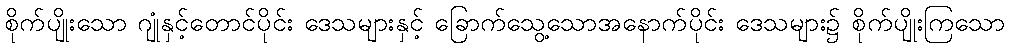
စိုက်ပျိုးသော ဂျုံနှင့်တောင်ပိုင်း ဒေသများနှင့် ခြောက်သွေ့သောအနောက်ပိုင်း ဒေသများ၌ စိုက်ပျိုးကြသော